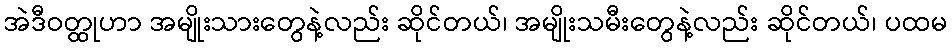
အဲဒီဝတ္ထုဟာ အမျိုးသားတွေနဲ့လည်း ဆိုင်တယ်၊ အမျိုးသမီးတွေနဲ့လည်း ဆိုင်တယ်၊ ပထမ